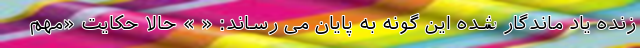
زنده یاد ماندگار شده این گونه به پایان می رساند: « » حالا حکایت «مهم